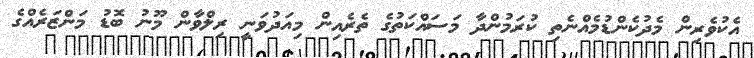
އެކުވެރިން މެދުކެންޑުމެއްނެތި ކުރަމުންދާ މަސައްކަތުގެ ތެރެއިން މިއަދުވަނީ ރިލްވާން މޫނު ބޮޑު މަންޒަރެއްގެ